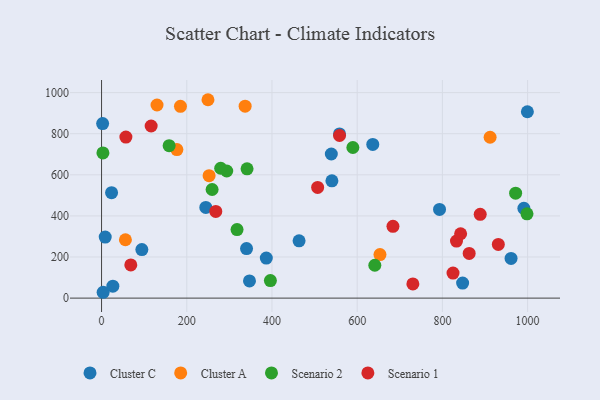
{"axis": {"x": "Engine Size", "y": "Yield"}, "legend": ["Cluster A", "Cluster C", "Scenario 1", "Scenario 2"], "data": [{"x": "961.2", "y": 193.3, "type": "Cluster C"}, {"x": "463.6", "y": 278.8, "type": "Cluster C"}, {"x": "94.6", "y": 236.2, "type": "Cluster C"}, {"x": "8.6", "y": 297.1, "type": "Cluster C"}, {"x": "3.7", "y": 28.4, "type": "Cluster C"}, {"x": "23.5", "y": 513.3, "type": "Cluster C"}, {"x": "847.5", "y": 73.0, "type": "Cluster C"}, {"x": "386.7", "y": 194.6, "type": "Cluster C"}, {"x": "793.3", "y": 431.5, "type": "Cluster C"}, {"x": "999.5", "y": 906.9, "type": "Cluster C"}, {"x": "636.6", "y": 747.7, "type": "Cluster C"}, {"x": "347.2", "y": 83.6, "type": "Cluster C"}, {"x": "558.5", "y": 799.1, "type": "Cluster C"}, {"x": "991.3", "y": 437.1, "type": "Cluster C"}, {"x": "540.7", "y": 570.7, "type": "Cluster C"}, {"x": "340.3", "y": 240.9, "type": "Cluster C"}, {"x": "244.7", "y": 441.1, "type": "Cluster C"}, {"x": "2.5", "y": 849.4, "type": "Cluster C"}, {"x": "539.3", "y": 701.2, "type": "Cluster C"}, {"x": "26.5", "y": 58.3, "type": "Cluster C"}, {"x": "912.0", "y": 782.8, "type": "Cluster A"}, {"x": "249.8", "y": 965.4, "type": "Cluster A"}, {"x": "130.2", "y": 939.8, "type": "Cluster A"}, {"x": "176.8", "y": 722.9, "type": "Cluster A"}, {"x": "56.0", "y": 283.9, "type": "Cluster A"}, {"x": "337.0", "y": 933.8, "type": "Cluster A"}, {"x": "185.2", "y": 933.5, "type": "Cluster A"}, {"x": "252.4", "y": 595.9, "type": "Cluster A"}, {"x": "653.5", "y": 211.9, "type": "Cluster A"}, {"x": "158.6", "y": 741.6, "type": "Scenario 2"}, {"x": "589.9", "y": 732.8, "type": "Scenario 2"}, {"x": "3.2", "y": 706.5, "type": "Scenario 2"}, {"x": "641.4", "y": 159.8, "type": "Scenario 2"}, {"x": "293.8", "y": 618.6, "type": "Scenario 2"}, {"x": "998.6", "y": 410.2, "type": "Scenario 2"}, {"x": "971.9", "y": 510.5, "type": "Scenario 2"}, {"x": "318.0", "y": 333.3, "type": "Scenario 2"}, {"x": "279.6", "y": 631.9, "type": "Scenario 2"}, {"x": "259.5", "y": 528.6, "type": "Scenario 2"}, {"x": "396.3", "y": 85.5, "type": "Scenario 2"}, {"x": "341.5", "y": 628.9, "type": "Scenario 2"}, {"x": "268.1", "y": 422.0, "type": "Scenario 1"}, {"x": "888.8", "y": 407.8, "type": "Scenario 1"}, {"x": "730.7", "y": 69.1, "type": "Scenario 1"}, {"x": "558.6", "y": 791.2, "type": "Scenario 1"}, {"x": "116.4", "y": 837.5, "type": "Scenario 1"}, {"x": "68.6", "y": 161.7, "type": "Scenario 1"}, {"x": "862.9", "y": 217.3, "type": "Scenario 1"}, {"x": "684.0", "y": 349.5, "type": "Scenario 1"}, {"x": "57.1", "y": 783.6, "type": "Scenario 1"}, {"x": "507.2", "y": 538.8, "type": "Scenario 1"}, {"x": "833.1", "y": 277.5, "type": "Scenario 1"}, {"x": "825.0", "y": 121.6, "type": "Scenario 1"}, {"x": "842.8", "y": 313.2, "type": "Scenario 1"}, {"x": "931.3", "y": 261.3, "type": "Scenario 1"}]}